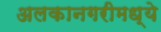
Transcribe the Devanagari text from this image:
अलकानगरीमध्ये